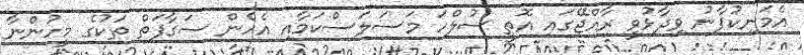
އެމަނިކުފާނު ވިދާޅުވީ ރާއްޖޭގައި އޮތީ ސުލްހަ މަސަލަސްކަމާއި އެހެން ސަގާފަތް ތަކުގެ މީހުންނާ